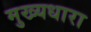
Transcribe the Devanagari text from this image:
मुख्‍यधारा